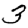
Digit: 3